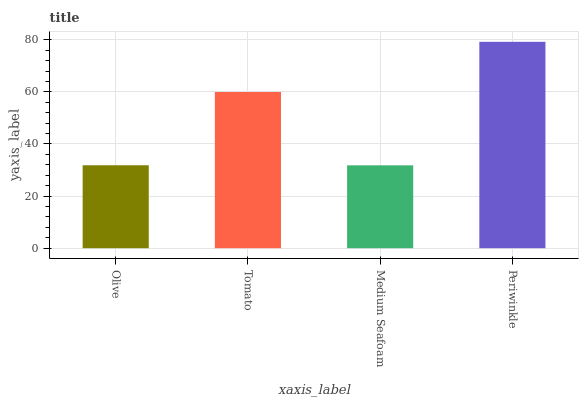
| xaxis_label | bars |
 | --- | --- |
 | Olive | 31.8 |
 | Tomato | 59.9 |
 | Medium Seafoam | 31.8 |
 | Periwinkle | 79.2 |